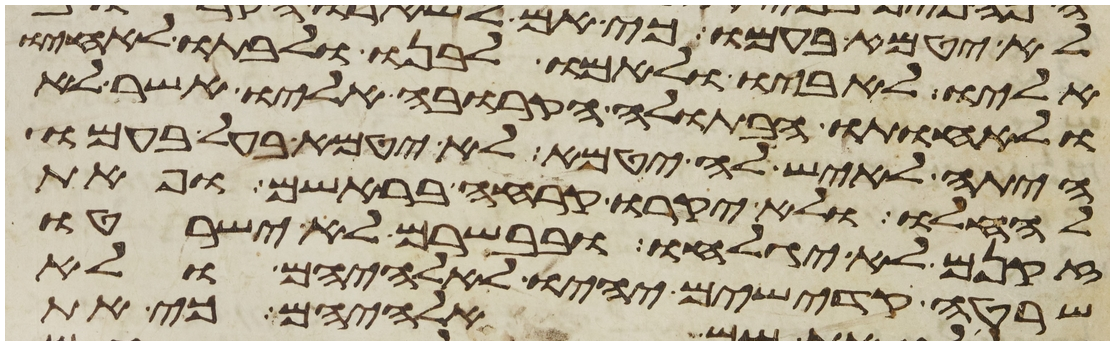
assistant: אליו לאביו ולאמו לבנו ולבתו לאחיו
ולאחותו הבתולה הקרובה אליו אשר לא
היתה לאיש לה יטמא לא יטמא בעל בעמו
להחלו ולא יקרחו קרחה בראשם ופאת
זקנם לא יגלחו ובבשרם לא ישרטו
שרטה קדישים יהיו לאלהיהם ולא